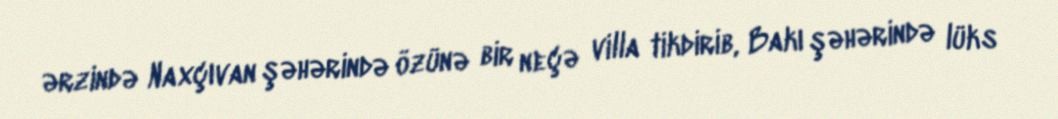
ərzində Naxçıvan şəhərində özünə bir neçə villa tikdirib, Bakı şəhərində lüks